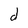
Character: d